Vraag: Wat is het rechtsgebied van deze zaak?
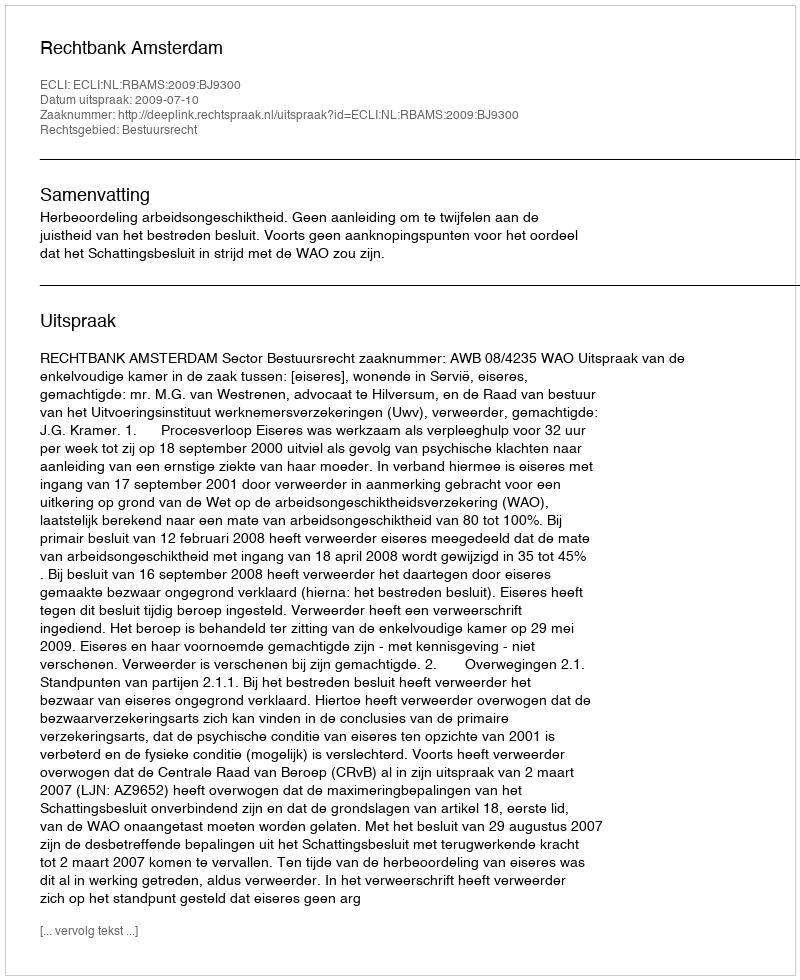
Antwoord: Bestuursrecht